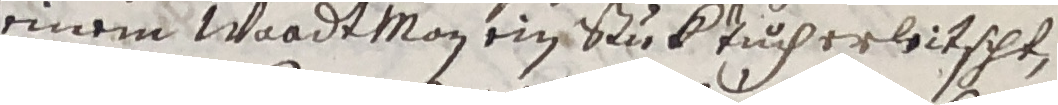
einem wardtman ein stuk tuch erleitscht